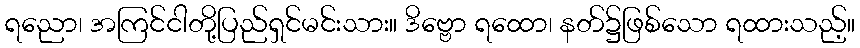
ရညော၊ အကြင်ငါတို့ပြည်ရှင်မင်းသား။ ဒိဗ္ဗော ရထော၊ နတ်၌ဖြစ်သော ရထားသည့်။